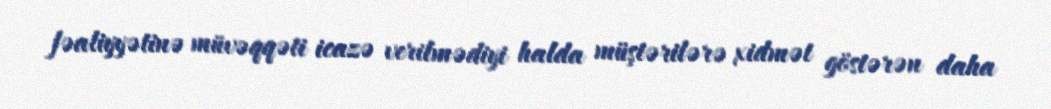
fəaliyyətinə müvəqqəti icazə verilmədiyi halda müştərilərə xidmət göstərən daha